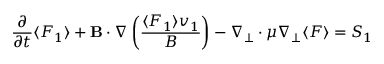
\frac { \partial } { \partial t } \langle F _ { 1 } \rangle + { \bf B } \boldsymbol { \cdot } \boldsymbol { \nabla } \left( \frac { \langle F _ { 1 } \rangle v _ { 1 } } { B } \right) - \boldsymbol { \nabla } _ { \perp } \boldsymbol { \cdot } \mu \boldsymbol { \nabla } _ { \perp } \langle F \rangle = S _ { 1 }